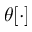
\theta [ \cdot ]